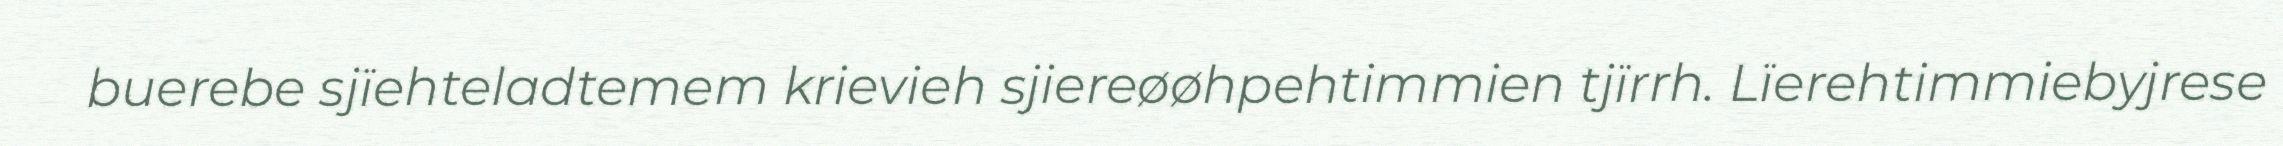
buerebe sjïehteladtemem krievieh sjiereøøhpehtimmien tjïrrh. Lïerehtimmiebyjrese